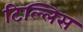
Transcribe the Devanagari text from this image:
टिल्लिस